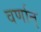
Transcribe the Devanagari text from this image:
वर्णान्